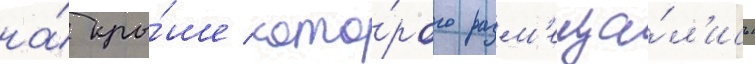
на́ кры́ше кото́рого разм'еща́л'ись